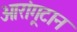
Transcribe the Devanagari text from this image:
ओरांगूटान